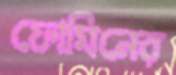
ফোমিনের